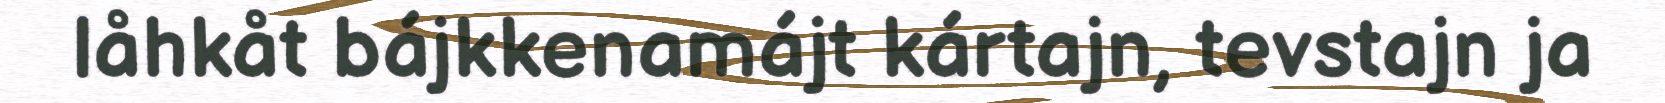
låhkåt bájkkenamájt kártajn, tevstajn ja